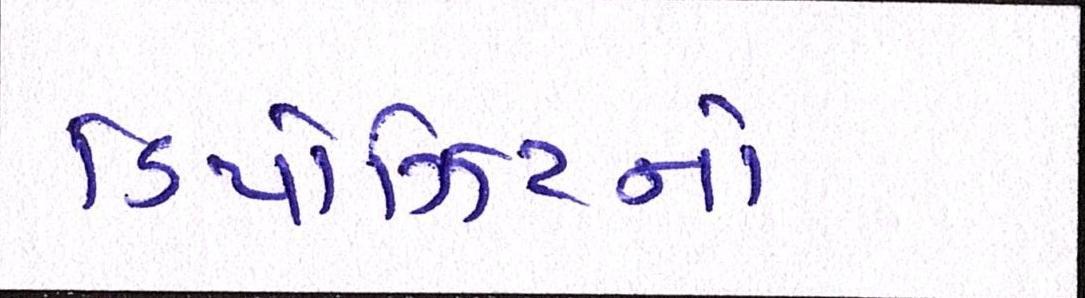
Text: ડિપોઝિટનો